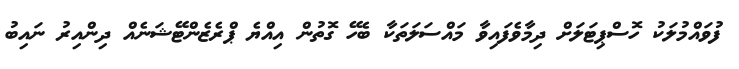
ފުވައްމުލަކު ހޮސްޕިޓަލަށް ދިމާވެފައިވާ މައްސަލަތަކާ ބެހޭ ގޮތުން އިއްޔެ ޕްރެޒެންޓޭޝަނެއް ދިންއިރު ނައިބު